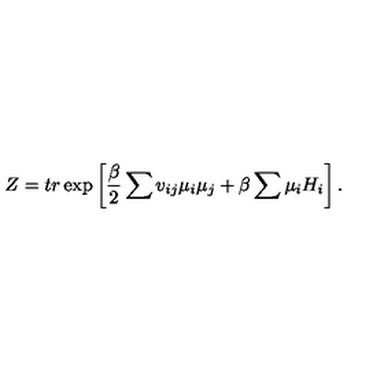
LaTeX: Z = t r \exp \left[ \frac { \beta } { 2 } \sum v _ { i j } \mu _ { i } \mu _ { j } + \beta \sum \mu _ { i } H _ { i } \right] .